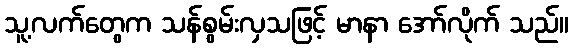
သူ့လက်တွေက သန်စွမ်းလှသဖြင့် မာနာ အော်လိုက် သည်။